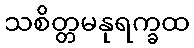
သစိတ္တမနုရက္ခထ